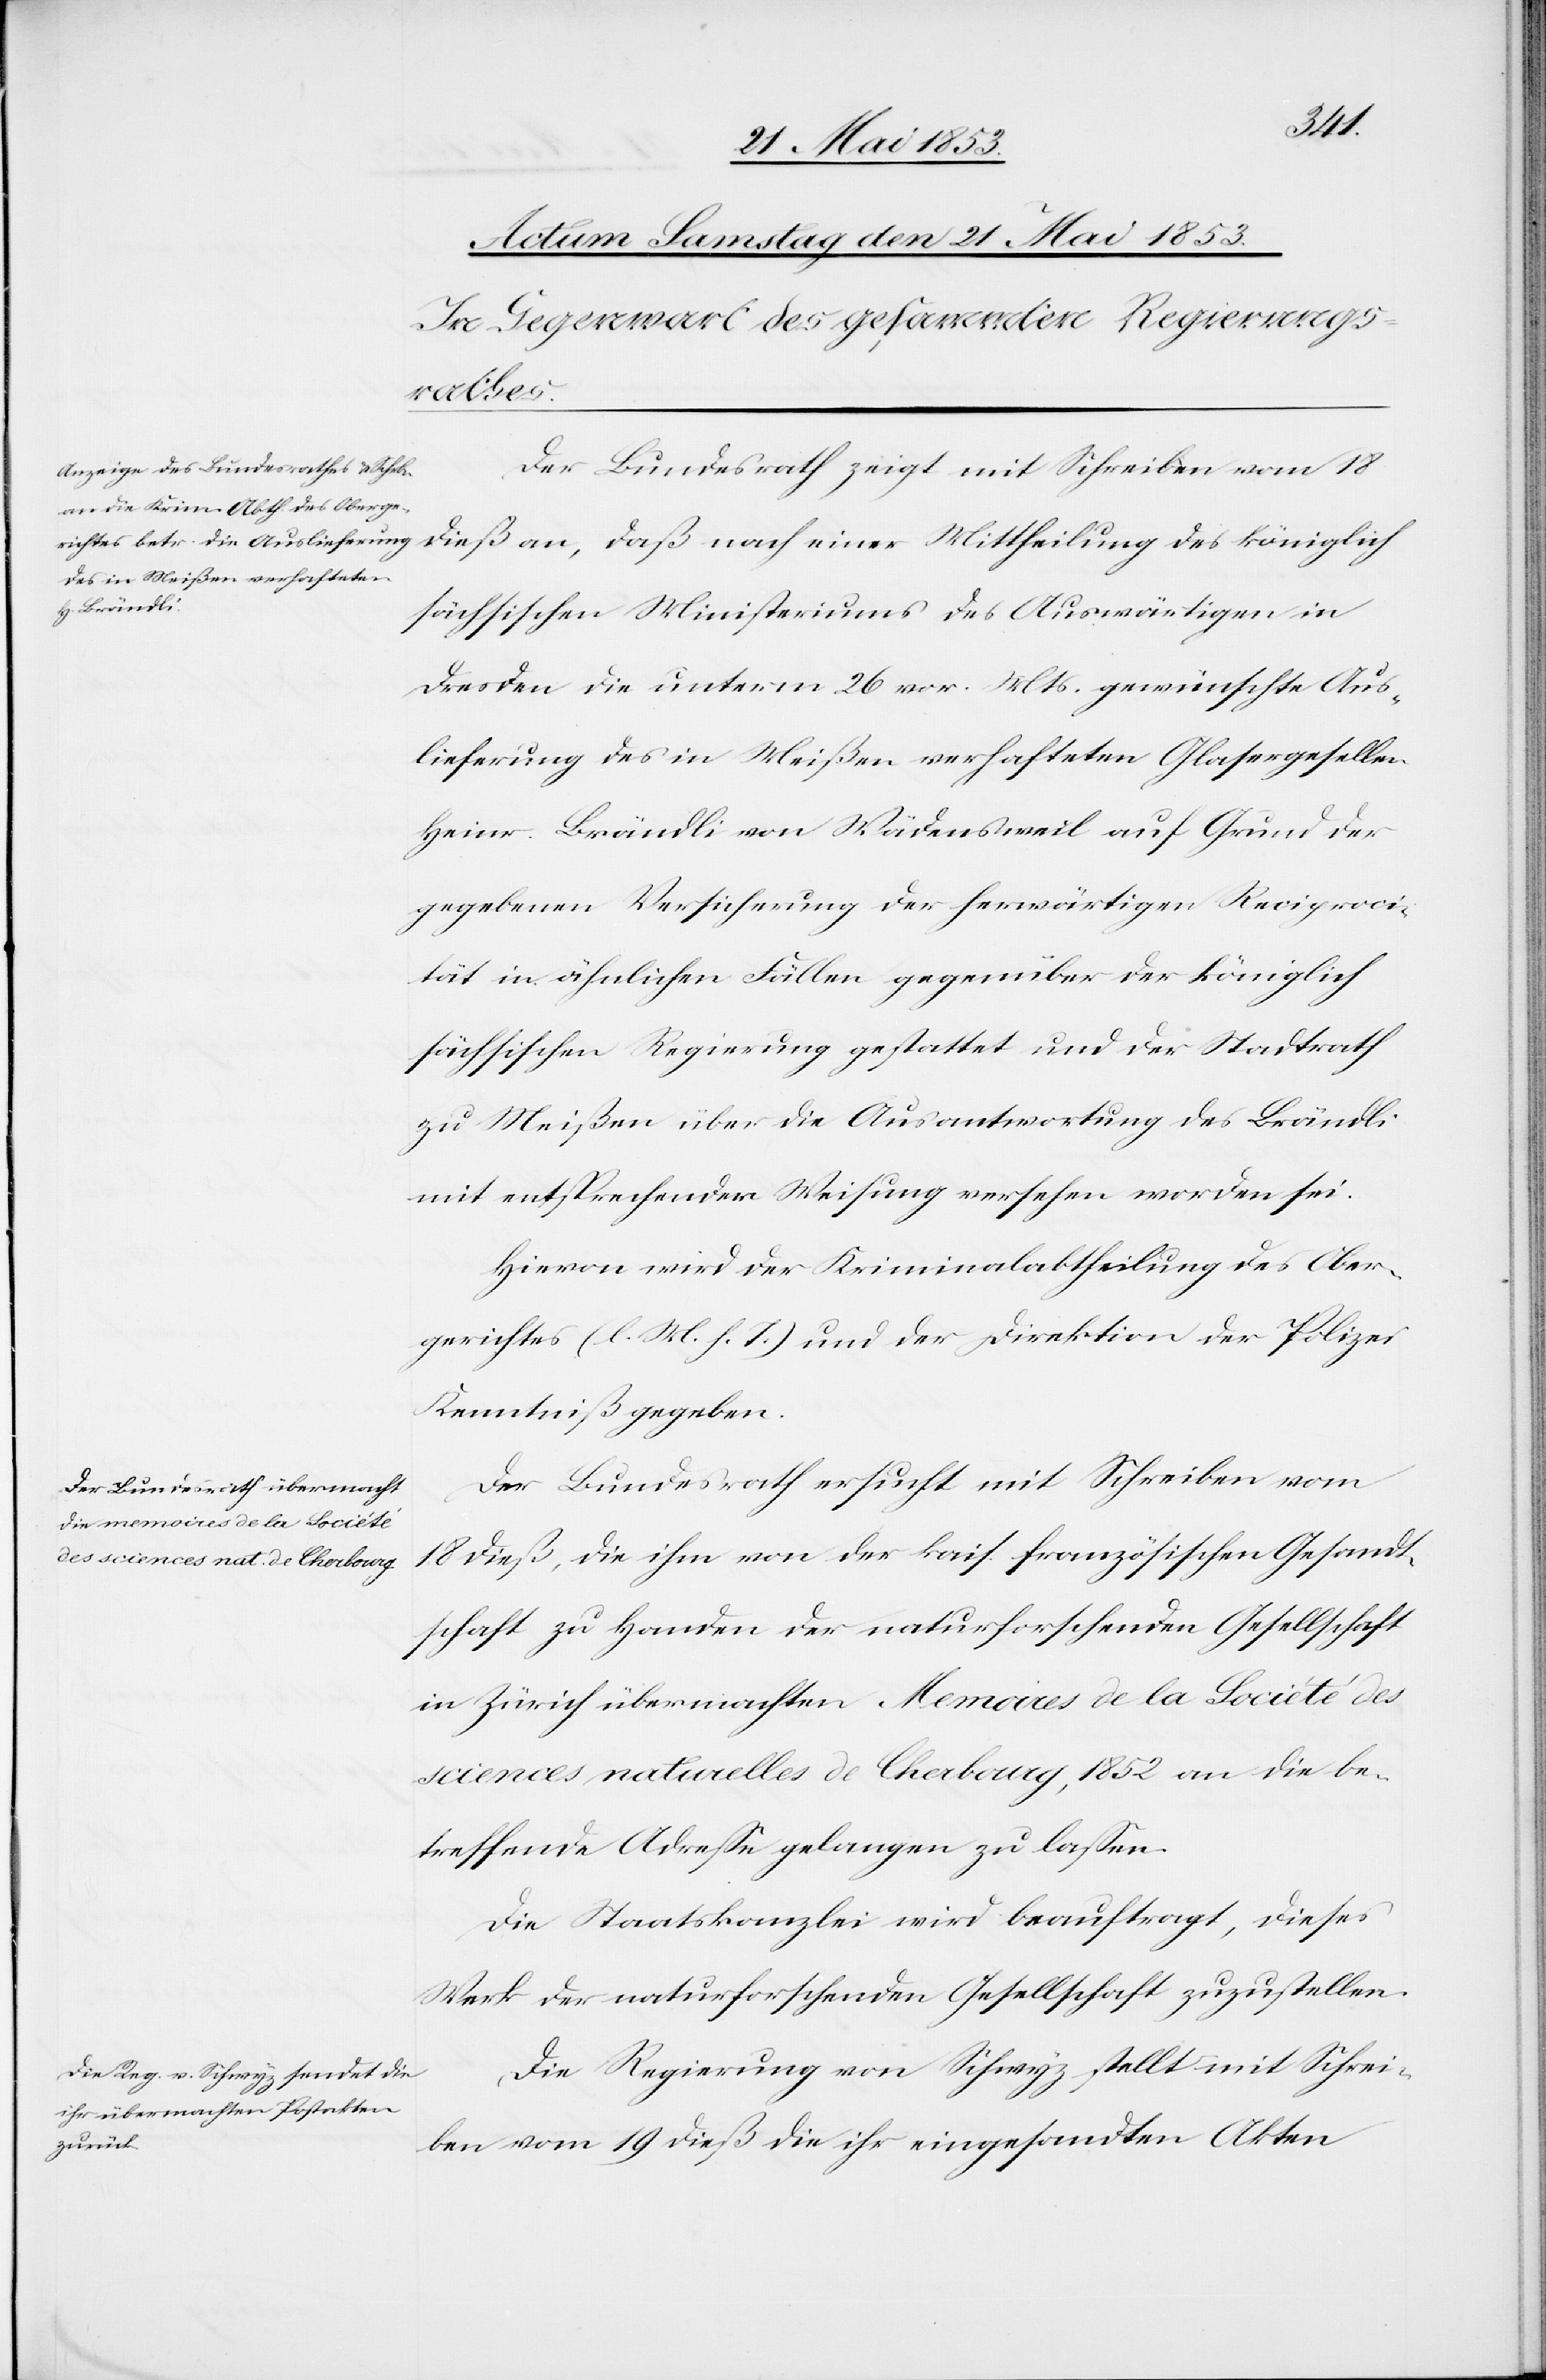
Der Bundesrath zeigt mit Schreiben vom 18
dieß an, daß nach einer Mittheilung des königlich
sächsischen Ministeriums des Auswärtigen in
Dresden die unterm 26 vor. Mts. gewünschte Aus¬
lieferung des in Meißen verhafteten Glasergesellen
Heinr. Brändli von Wädenschweil auf Grund der
gegebenen Versicherung der herwärtigen Reciproci¬
tät in ähnlichen Fällen gegenüber der königlich
sächsischen Regierung gestattet und der Stadtrath
zu Meißen über die Ausantwortung des Brändli
mit entsprechender Weisung versehen worden sei.
Hievon wird der Kriminalabtheilung des Ober¬
gerichtes [l. M. h. T] und der Direktion der Polizei
Kenntniß gegeben.
Der Bundesrath ersucht mit Schreiben vom
18 dieß, die ihm von der kais. französischen Gesandt¬
schaft zu Handen der naturforschenden Gesellschaft
in Zürich übermachten Memoires de la Société des
sciences naturelles de Chabourg, 1852 an die be¬
treffende Adreße gelangen zu laßen.
Die Staatskanzlei wird beauftragt, dieses
Werk der naturforschenden Gesellschaft zuzustellen.
Die Regierung von Schwyz stellt mit Schrei¬
ben vom 19 dieß die ihr eingesandten Akten